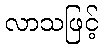
လာသဖြင့်